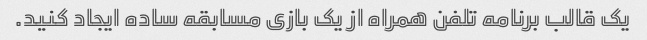
یک قالب برنامه تلفن همراه از یک بازی مسابقه ساده ایجاد کنید.